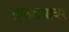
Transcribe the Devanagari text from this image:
तुकडयावर